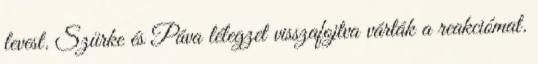
levest. Szürke és Páva lélegzet visszafojtva várták a reakciómat.